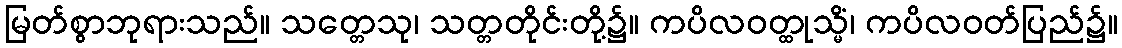
မြတ်စွာဘုရားသည်။ သတ္တေသု၊ သတ္တတိုင်းတို့၌။ ကပိလဝတ္ထုသ္မိံ၊ ကပိလဝတ်ပြည်၌။